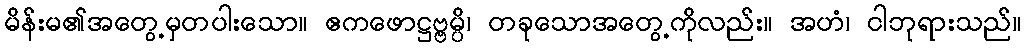
မိန်းမ၏အတွေ့မှတပါးသော။ ဧကဖောဋ္ဌဗ္ဗမ္ပိ၊ တခုသောအတွေ့ကိုလည်း။ အဟံ၊ ငါဘုရားသည်။